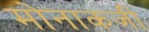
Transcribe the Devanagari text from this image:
मोनाकजी